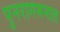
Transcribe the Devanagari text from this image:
पुनरागमनात